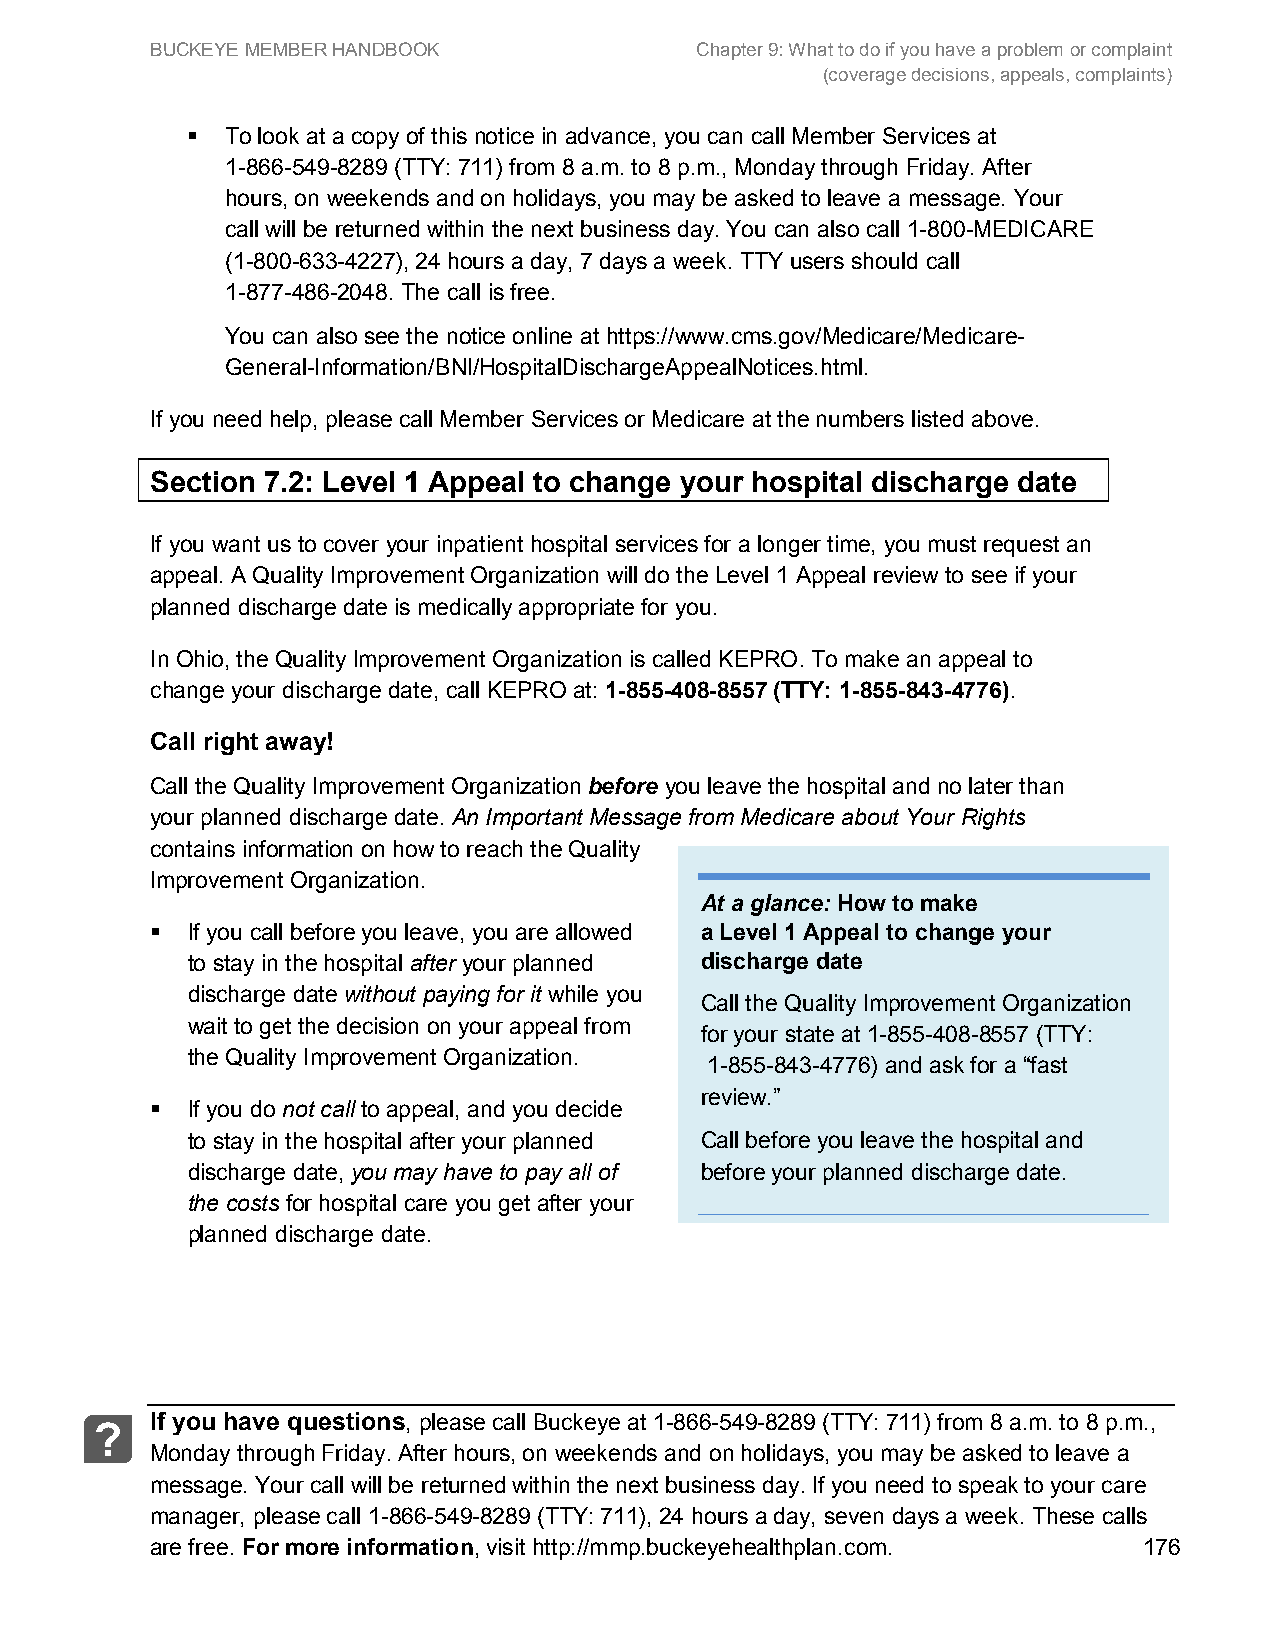
BUCKEYE MEMBER HANDBOOK             Chapter 9: What to do if you have a problem or complaint
 (coverage decisions, appeals, complaints)
   To look at a copy of this notice in advance, you can call Member Services at
 1-866-549-8289 (TTY: 711) from 8 a.m. to 8 p.m., Monday through Friday. After
 hours, on weekends and on holidays, you may be asked to leave a message. Your
 call will be returned within the next business day. You can also call 1-800-MEDICARE
 (1-800-633-4227), 24 hours a day, 7 days a week. TTY users should call
 1-877-486-2048. The call is free.
 You can also see the notice online at https://www.cms.gov/Medicare/Medicare-
 General-Information/BNI/HospitalDischargeAppealNotices.html.
 If you need help, please call Member Services or Medicare at the numbers listed above.
 Section 7.2: Level 1 Appeal to change your hospital discharge date
 If you want us to cover your inpatient hospital services for a longer time, you must request an
 appeal. A Quality Improvement Organization will do the Level 1 Appeal review to see if your
 planned discharge date is medically appropriate for you.
 In Ohio, the Quality Improvement Organization is called KEPRO. To make an appeal to
 change your discharge date, call KEPRO at: 1-855-408-8557 (TTY: 1-855-843-4776).
 Call right away!
 Call the Quality Improvement Organization before you leave the hospital and no later than
 your planned discharge date. An Important Message from Medicare about Your Rights
 contains information on how to reach the Quality
 Improvement Organization.
 At a glance: How to make
  If you call before you leave, you are allowed a Level 1 Appeal to change your
 to stay in the hospital after your planned discharge date
 discharge date without paying for it while you
 Call the Quality Improvement Organization
 wait to get the decision on your appeal from
 for your state at 1-855-408-8557 (TTY:
 the Quality Improvement Organization.
 1-855-843-4776) and ask for a “fast
 review.”
  If you do not call to appeal, and you decide
 to stay in the hospital after your planned Call before you leave the hospital and
 discharge date, you may have to pay all of before your planned discharge date.
 the costs for hospital care you get after your
 planned discharge date.
 If you have questions, please call Buckeye at 1-866-549-8289 (TTY: 711) from 8 a.m. to 8 p.m.,
 ?
 Monday through Friday. After hours, on weekends and on holidays, you may be asked to leave a
 message. Your call will be returned within the next business day. If you need to speak to your care
 manager, please call 1-866-549-8289 (TTY: 711), 24 hours a day, seven days a week. These calls
 are free. For more information, visit http://mmp.buckeyehealthplan.com. 176